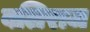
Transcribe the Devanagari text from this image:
बलिराज